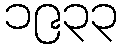
၁၉၃၃